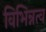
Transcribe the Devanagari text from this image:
विभिन्नत्व